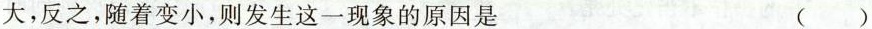
大，反之，随着变小，则发生这一现象的原因是 ()